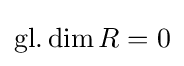
\operatorname {gl.dim} R=0